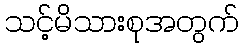
သင့်မိသားစုအတွက်